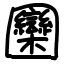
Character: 圞